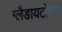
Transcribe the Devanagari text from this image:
ग्लैडायटोरम